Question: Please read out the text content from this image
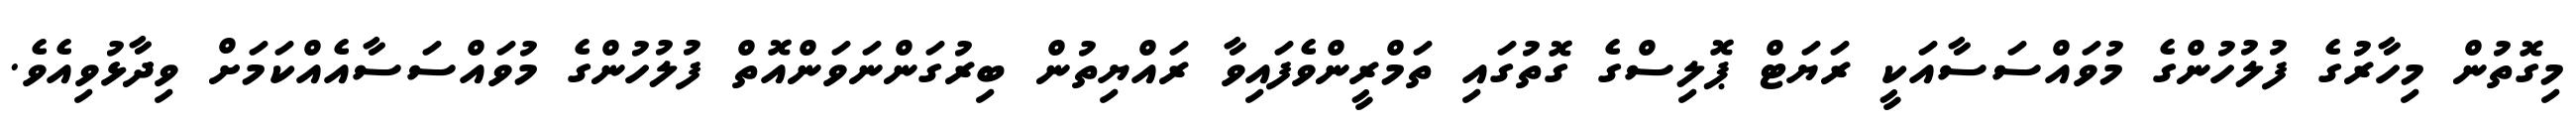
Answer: މިގޮތުން މިހާރުގެ ފުލުހުންގެ މުވައްސަސާއަކީ ރަޔަޓް ޕޮލިސްގެ ގޮތުގައި ތަމްރީންވެފައިވާ ރައްޔިތުން ބިރުގަންނަވަންއޮތް ފުލުހުންގެ މުވައްސަސާއެއްކަމަށް ވިދާޅުވިއެވެ.